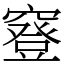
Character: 䆸